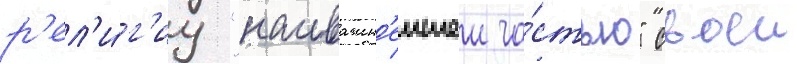
р'ел'и́г'иу "наиважн'еишеи ча́стью" своеи